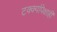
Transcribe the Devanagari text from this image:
टक्क्यांपेक्षाही